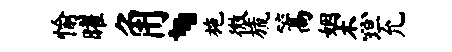
愉曜角、施微旒篙姻杰坦允